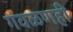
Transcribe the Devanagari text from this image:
गवळणही